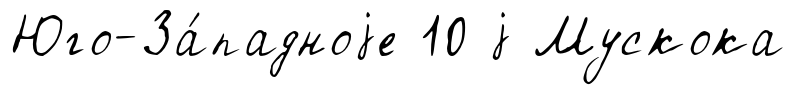
Юго-За́падноjе 10 j Мускока